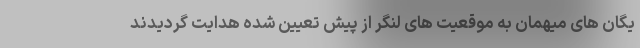
یگان های میهمان به موقعیت های لنگر از پیش تعیین شده هدایت گردیدند